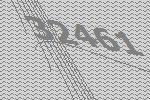
32461